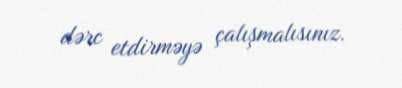
dərc etdirməyə çalışmalısınız.